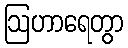
ဩဟာရေတွာ